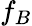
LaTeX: f_{B}